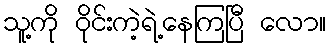
သူ့ကို ဝိုင်းကဲ့ရဲ့နေကြပြီ လော။